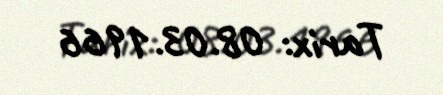
Tarix: 08.03.1966